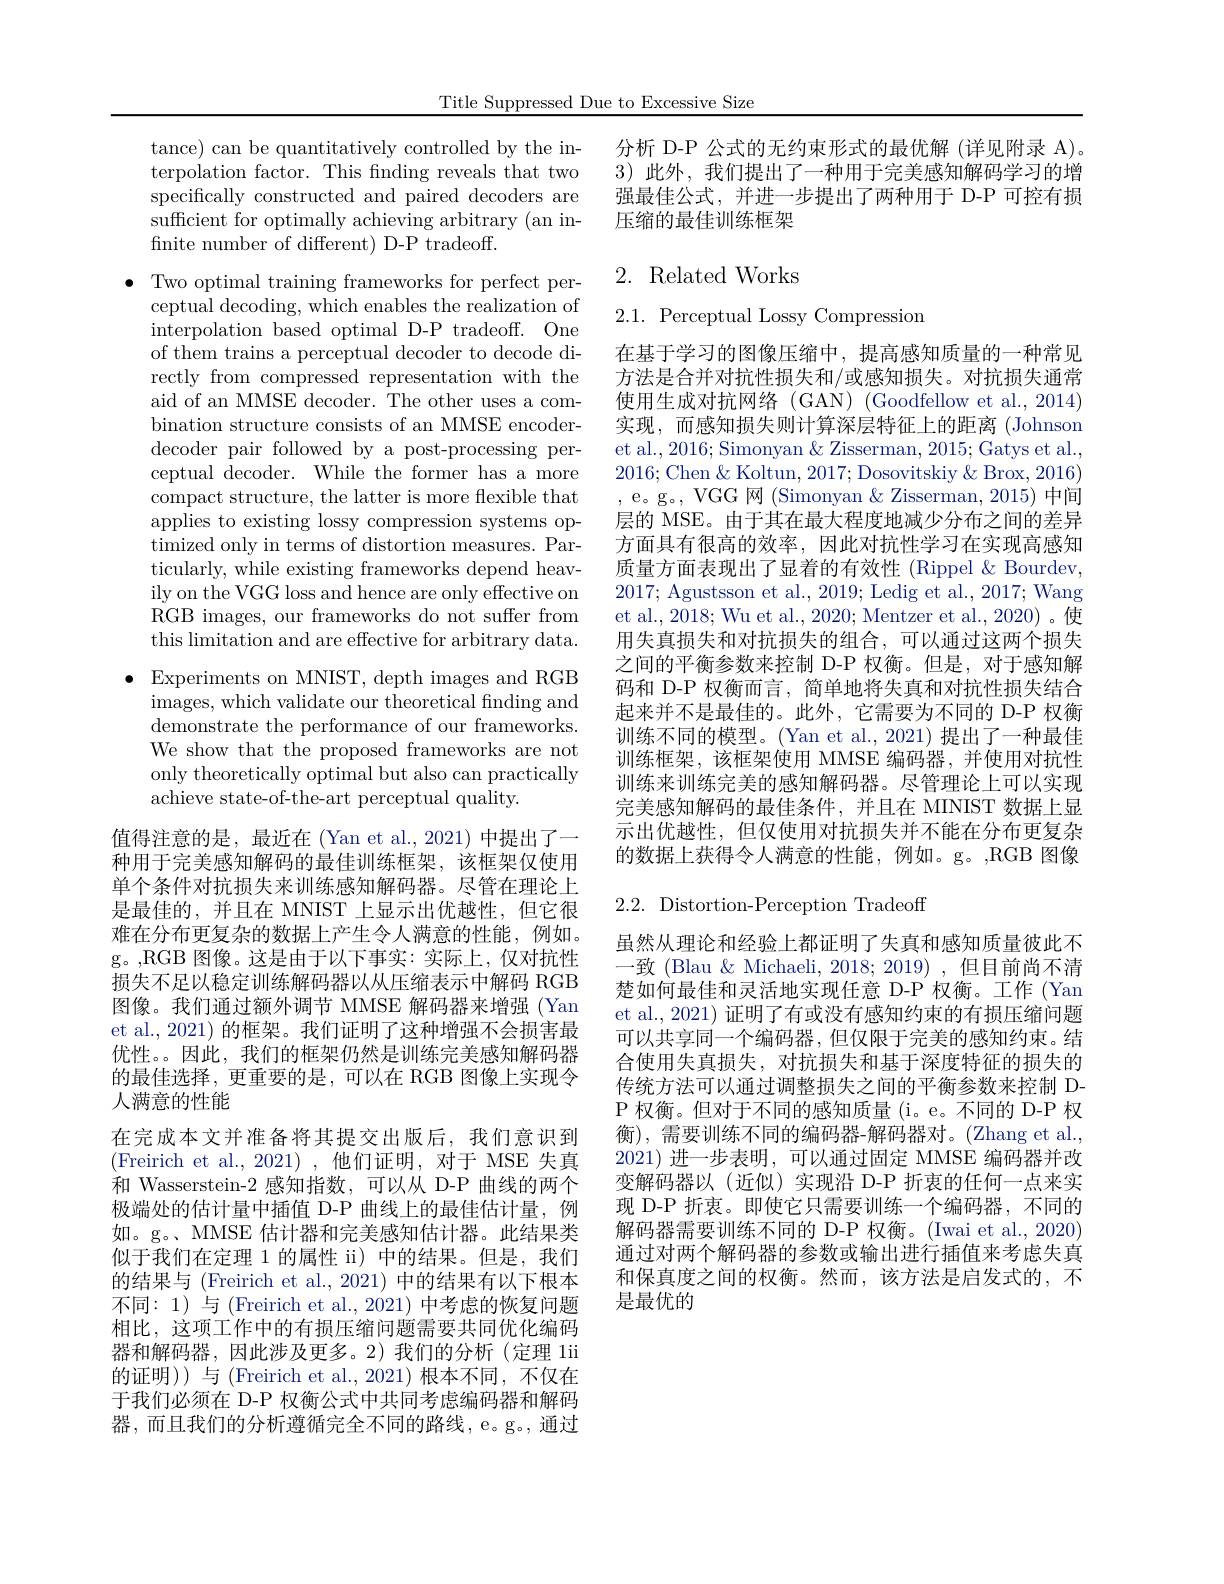
Title Suppressed Due to Excessive Size

tance) can be quantitatively controlled by the interpolation factor. This finding reveals that two specifically constructed and paired decoders are sufficient for optimally achieving arbitrary (an infinite number of different) D-P tradeoff.

$\bullet$ Two optimal training frameworks for perfect per-
ceptual decoding, which enables the realization of interpolation based optimal D-P tradeoff. One ${\mathrm{of~them~trains~a~perceptual~decoder~to~decode~di-}}$ rectly from compressed representation with the aid of an MMSE decoder. The other uses a combination structure consists of an MMSE encoderdecoder pair followed by a post-processing perceptual decoder. While the former has a more compact structure, the latter is more flexible that applies to existing lossy compression systems optimized only in terms of distortion measures. Particularly, while existing frameworks depend heavily on the VGG loss and hence are only effective on RGB images, our frameworks do not suffer from this limitation and are effective for arbitrary data.
$\bullet$ Experiments on MNIST, depth images and RGB
images, which validate our theoretical finding and demonstrate the performance of our frameworks. We show that the proposed frameworks are not only theoretically optimal but also can practically achieve state-of-the-art perceptual quality.

值得注意的是，最近在(Yan et al.,2021) 中提出了一种用于完美感知解码的最佳训练框架，该框架仅使用单个条件对抗损失来训练感知解码器。尽管在理论上是最佳的，并且在 MNIST 上显示出优越性，但它很难在分布更复杂的数据上产生令人满意的性能，例如。g。,RGB 图像。这是由于以下事实：实际上，仅对抗性损失不足以稳定训练解码器以从压缩表示中解码 RGB 图像。我们通过额外调节 MMSE 解码器来增强 (Yan et al., 2021) 的框架。我们证明了这种增强不会损害最优性。。因此，我们的框架仍然是训练完美感知解码器的最佳选择，更重要的是，可以在 RGB 图像上实现令人满意的性能
在完成本文并准备将其提交出版后，我们意识到(Freirich et al.,2021),他们证明，对于 MSE 失真和 Wasserstein-2 感知指数，可以从 D-P 曲线的两个极端处的估计量中插值 D-P 曲线上的最佳估计量，例如。g。、MMSE 估计器和完美感知估计器。此结果类似于我们在定理 1 的属性 ii) 中的结果。但是，我们的结果与 (Freirich et al., 2021) 中的结果有以下根本不同：1) 与 (Freirich et al., 2021) 中考虑的恢复问题相比，这项工作中的有损压缩问题需要共同优化编码器和解码器，因此涉及更多。2)我们的分析(定理 lii 的证明)) 与 (Freirich et al.,2021) 根本不同，不仅在于我们必须在 D-P 权衡公式中共同考虑编码器和解码器，而且我们的分析遵循完全不同的路线，e。g。通过

分析 D-P 公式的无约束形式的最优解 (详见附录 A)。3)此外，我们提出了一种用于完美感知解码学习的增强最佳公式，并进一步提出了两种用于 D-P 可控有损压缩的最佳训练框架

# 2. Related Works

$2.1.{\mathrm{~Perceptual~Lossy~Compression}}$

在基于学习的图像压缩中，提高感知质量的一种常见方法是合并对抗性损失和/或感知损失。对抗损失通常使用生成对抗网络(GAN)(Goodfellow et al., 2014) 实现，而感知损失则计算深层特征上的距离(Johnson et al., 2016; Simonyan & Zisserman, 2015; Gatys et al., 2016; Chen & Koltun, 2017; Dosovitskiy & Brox, 2016) ,e。g。VGG 网(Simonyan $\&$ Zisserman,2015)中间层的 MSE。由于其在最大程度地减少分布之间的差异方面具有很高的效率，因此对抗性学习在实现高感知质量方面表现出了显着的有效性 (Rippel & Bourdev, 2017; Agustsson et al., 2019; Ledig et al., 2017; Wang et al., 2018; Wu et al., 2020; Mentzer et al., 2020)。使用失真损失和对抗损失的组合，可以通过这两个损失之间的平衡参数来控制 D-P 权衡。但是，对于感知解码和 D-P 权衡而言，简单地将失真和对抗性损失结合起来并不是最佳的。此外，它需要为不同的 D-P 权衡训练不同的模型。(Yan et al., 2021) 提出了一种最佳训练框架，该框架使用 MMSE 编码器，并使用对抗性训练来训练完美的感知解码器。尽管理论上可以实现完美感知解码的最佳条件，并且在 MINIST 数据上显示出优越性，但仅使用对抗损失并不能在分布更复杂的数据上获得令人满意的性能，例如。g。,RGB 图像

2.2. Distortion-Perception Tradeoff

虽然从理论和经验上都证明了失真和感知质量彼此不一致 (Blau & Michaeli, 2018; 2019) ,但目前尚不清楚如何最佳和灵活地实现任意 D-P 权衡。工作 (Yan et al., 2021) 证明了有或没有感知约束的有损压缩问题可以共享同一个编码器，但仅限于完美的感知约束。结合使用失真损失，对抗损失和基于深度特征的损失的传统方法可以通过调整损失之间的平衡参数来控制 DP 权衡。但对于不同的感知质量 (i。e。不同的 D-P 权衡), 需要训练不同的编码器-解码器对。(Zhang et al. 2021)进一步表明，可以通过固定 MMSE 编码器并改变解码器以(近似)实现沿 D-P 折衷的任何一点来实现 D-P 折衷。即使它只需要训练一个编码器，不同的解码器需要训练不同的 D-P 权衡。(Iwai et al., 2020) 通过对两个解码器的参数或输出进行插值来考虑失真和保真度之间的权衡。然而，该方法是启发式的，不是最优的